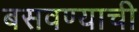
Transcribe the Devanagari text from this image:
बसवण्याची